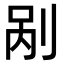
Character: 剐